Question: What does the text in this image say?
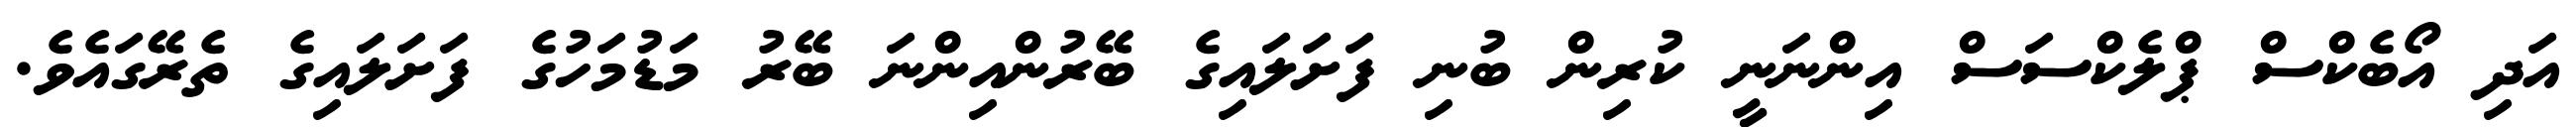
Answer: އަދި އޯބެކްސް ޕްލެކްސަސް އިންނަނީ ކުރިން ބުނި ފަށަލައިގެ ބޭރުންއިންނަ ބޭރު މަޑުމަހުގެ ފަށަލައިގެ ތެރޭގައެވެ.